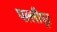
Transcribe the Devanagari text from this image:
पल्लीपूर